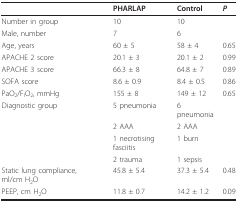
<table><thead><tr><td></td><td><b>PHARLAP</b></td><td><b>Control</b></td><td><b><i>P</i></b></td></tr></thead><tbody><tr><td>Number in group</td><td>10</td><td>10</td><td></td></tr><tr><td>Male, number</td><td>7</td><td>6</td><td></td></tr><tr><td>Age, years</td><td>60 ± 5</td><td>58 ± 4</td><td>0.65</td></tr><tr><td>APACHE 2 score</td><td>20.1 ± 3</td><td>20.1 ± 2</td><td>0.99</td></tr><tr><td>APACHE 3 score</td><td>66.3 ± 8</td><td>64.8 ± 7</td><td>0.89</td></tr><tr><td>SOFA score</td><td>8.6 ± 0.9</td><td>8.4 ± 0.5</td><td>0.86</td></tr><tr><td>PaO<sub>2</sub>/F<sub>I</sub>O<sub>2</sub>, mmHg</td><td>155 ± 8</td><td>149 ± 12</td><td>0.65</td></tr><tr><td>Diagnostic group</td><td>5 pneumonia</td><td>6 pneumonia</td><td></td></tr><tr><td></td><td>2 AAA</td><td>2 AAA</td><td></td></tr><tr><td></td><td>1 necrotising fasciitis</td><td>1 burn</td><td></td></tr><tr><td></td><td>2 trauma</td><td>1 sepsis</td><td></td></tr><tr><td>Static lung compliance, ml/cm H<sub>2</sub>O</td><td>45.8 ± 5.4</td><td>37.3 ± 5.4</td><td>0.48</td></tr><tr><td>PEEP, cm H<sub>2</sub>O</td><td>11.8 ± 0.7</td><td>14.2 ± 1.2</td><td>0.09</td></tr></tbody></table>